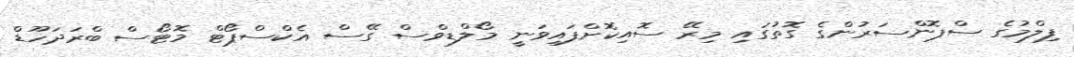
ފިލްމުގެ ސްޕޮންސަރުންގެ ގޮތުގައި މިރޭ ސޮއިކޮށްފައިވަނީ މޯލްޑިވްސް ގޭސް އެކްސްޕޯޓް މޮޓޯސް ބްރަދަހޫޑް